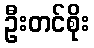
ဦးတင်စိုး